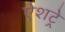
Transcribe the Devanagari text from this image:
ऐशट्रे